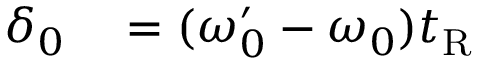
\begin{array} { r l } { \delta _ { 0 } } & { { } = ( \omega _ { 0 } ^ { \prime } - \omega _ { 0 } ) t _ { \mathrm { R } } } \end{array}